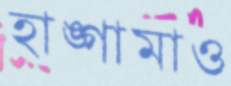
হাঙ্গামাও